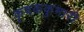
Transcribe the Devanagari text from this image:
कृषककुमारी